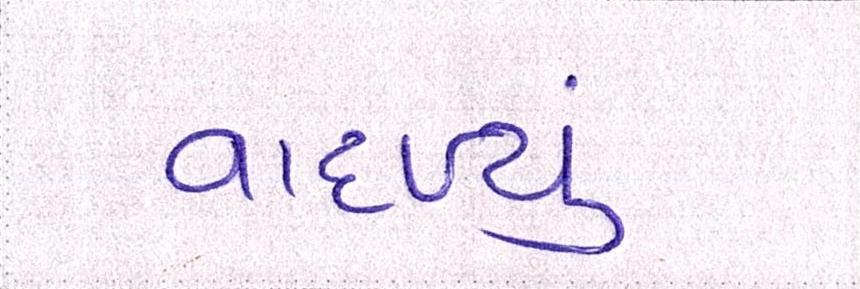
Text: વાદળ્યું